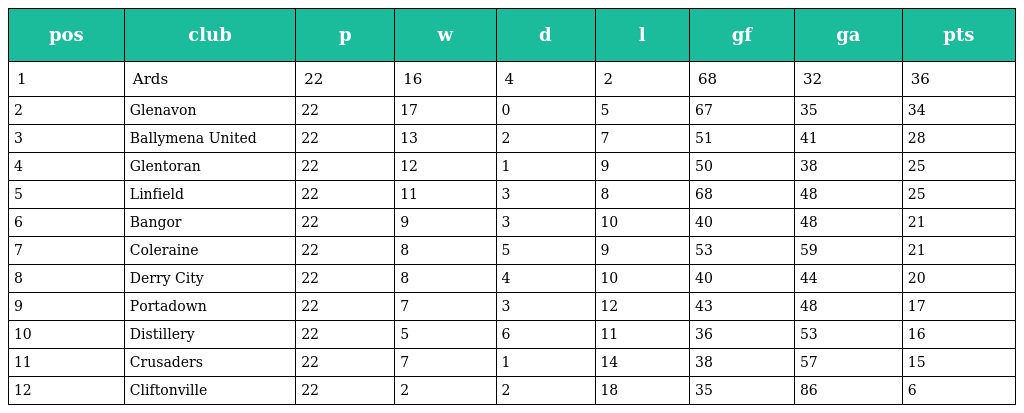
| pos | club | p | w | d | l | gf | ga | pts |
 | --- | --- | --- | --- | --- | --- | --- | --- | --- |
 | 1 | Ards | 22 | 16 | 4 | 2 | 68 | 32 | 36 |
 | 2 | Glenavon | 22 | 17 | 0 | 5 | 67 | 35 | 34 |
 | 3 | Ballymena United | 22 | 13 | 2 | 7 | 51 | 41 | 28 |
 | 4 | Glentoran | 22 | 12 | 1 | 9 | 50 | 38 | 25 |
 | 5 | Linfield | 22 | 11 | 3 | 8 | 68 | 48 | 25 |
 | 6 | Bangor | 22 | 9 | 3 | 10 | 40 | 48 | 21 |
 | 7 | Coleraine | 22 | 8 | 5 | 9 | 53 | 59 | 21 |
 | 8 | Derry City | 22 | 8 | 4 | 10 | 40 | 44 | 20 |
 | 9 | Portadown | 22 | 7 | 3 | 12 | 43 | 48 | 17 |
 | 10 | Distillery | 22 | 5 | 6 | 11 | 36 | 53 | 16 |
 | 11 | Crusaders | 22 | 7 | 1 | 14 | 38 | 57 | 15 |
 | 12 | Cliftonville | 22 | 2 | 2 | 18 | 35 | 86 | 6 |